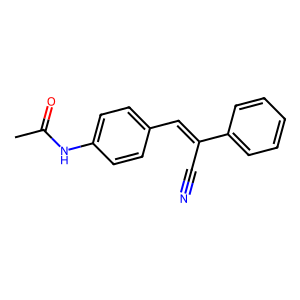
SMILES: CC(=O)Nc1ccc(C=C(C#N)c2ccccc2)cc1
Inhibits HIV replication: No